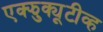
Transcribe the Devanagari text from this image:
एक्झुक्यूटीव्ह